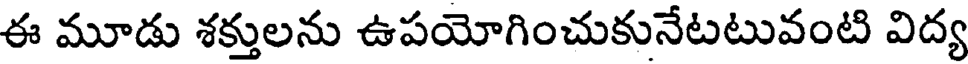
ఈ మూడు శక్తులను ఉపయోగించుకునేటటువంటి విద్య